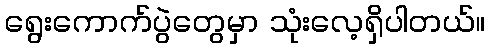
ရွေးကောက်ပွဲတွေမှာ သုံးလေ့ရှိပါတယ်။